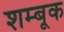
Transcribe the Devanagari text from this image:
शम्बूक